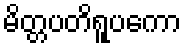
မိတ္တပတိရူပကော